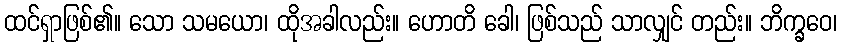
ထင်ရှာဖြစ်၏။ သော သမယော၊ ထိုအခါလည်း။ ဟောတိ ခေါ၊ ဖြစ်သည် သာလျှင် တည်း။ ဘိက္ခဝေ၊